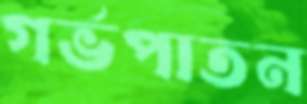
গর্ভপাতন